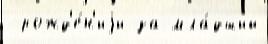
 рожд'е́н'иjи за мла́дший